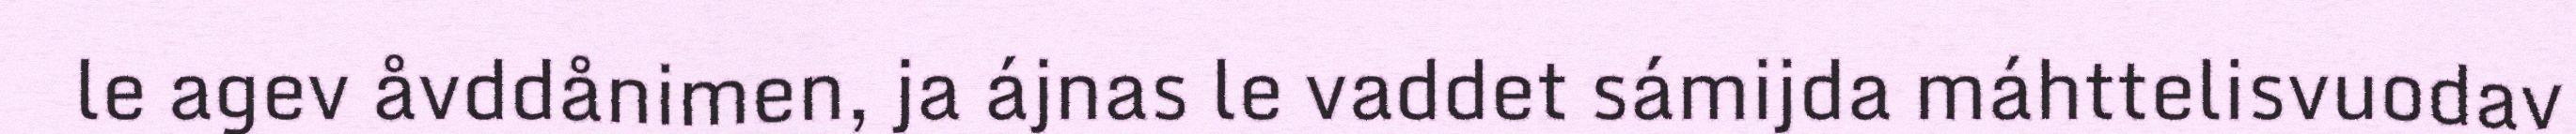
le agev åvddånimen, ja ájnas le vaddet sámijda máhttelisvuodav